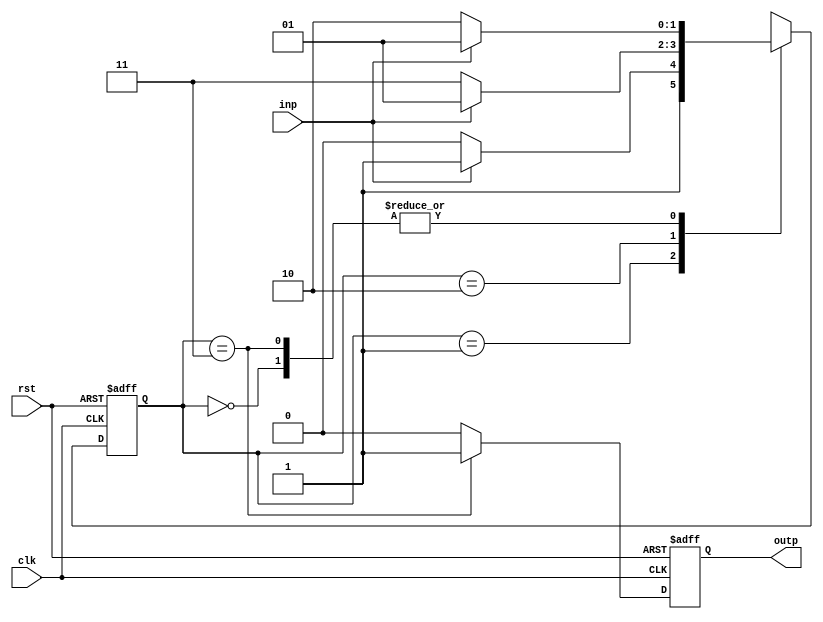
//Moore Machine for 00/11 sequence detector

module fsm( clk, rst, inp, outp);  
input clk, rst, inp; 
output outp;  
reg [1:0] state;  
reg outp;
always @( posedge clk, posedge rst )  begin 
if( rst ) 
state <= 2'b00;  
else 
begin 
case( state )  
2'b00: 
begin 
if( inp ) state <= 2'b01;  
else state <= 2'b10; 
end  
2'b01: 
begin 
if( inp ) state <= 2'b11;  
else state <= 2'b10; 
end  
2'b10: 
begin 
if( inp ) state <= 2'b01;  
else state <= 2'b11; 
end  
2'b11: 
begin 
if( inp ) state <= 2'b01;  
else state <= 2'b10; 
end  
endcase 
end  
end 
always @(posedge clk, posedge rst)  begin 
if( rst )  
outp <= 0; 
else if( state == 2'b11 )  
outp <= 1; 
else outp <= 0;  
end 
endmodule

//Mealy machine for 00/11 sequence detector 

module mealy( clk, rst, inp, outp);  
input clk, rst, inp; output outp;  
reg [1:0] state; 
reg outp; 
always @( posedge clk, posedge rst ) begin  
if( rst ) begin 
state <= 2'b00;  
outp <= 0; 
end 
else begin  
case( state )  
2'b00: begin 
if( inp ) begin  
state <= 2'b01;  
outp <= 0; 
end 
else begin 
state <= 2'b10;  
outp <= 0; 
end  
end 
2'b01: begin 
if( inp ) begin  
state <= 2'b00;  
outp <= 1; 
end 
else begin 
state <= 2'b10;  
outp <= 0; 
end  
end 
2'b10: begin 
if( inp ) begin
state <= 2'b01;  
outp <= 0; 
end 
else begin 
state <= 2'b00;  
outp <= 1; 
end  
end 
default: begin  
state <= 2'b00;  
outp <= 0; 
end  
endcase  
end 
end  
endmodule